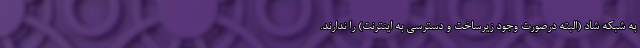
به شبکه شاد (البته درصورت وجود زیرساخت و دسترسی به اینترنت) را ندارند.